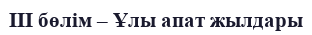
III бөлім – Ұлы апат жылдары